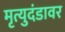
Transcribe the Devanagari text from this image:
मृत्युदंडावर